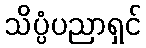
သိပ္ပံပညာရှင်